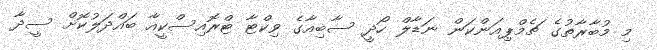
މި މުބާރާތުގެ ޗެމްޕިއަންކަން ނަޑާލް ހޯދީ ސާބިއާގެ ވިކްޓާ ޓްރޮއިސްކީއާ ބައްދަލުކޮށް ސީދާ